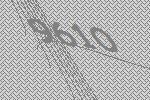
9610